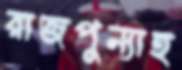
রাজপুন্যাহ